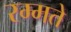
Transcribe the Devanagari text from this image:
रम्मते